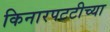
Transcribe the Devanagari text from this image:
किनारपटटीच्या